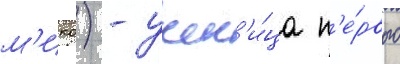
м'ико) - учен'и́ца п'е́рвого